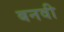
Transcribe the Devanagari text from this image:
बनवी